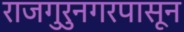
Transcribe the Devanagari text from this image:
राजगुरुनगरपासून